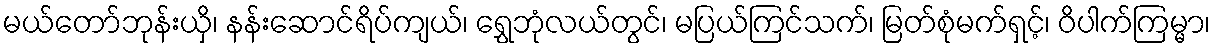
မယ်တော်ဘုန်းယှိ၊ နန်းဆောင်ရိပ်ကျယ်၊ ရွှေဘုံလယ်တွင်၊ မပြယ်ကြင်သက်၊ မြတ်စုံမက်ရှင့်၊ ဝိပါက်ကြမ္မာ၊